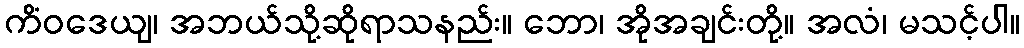
ကိံဝဒေယျ၊ အဘယ်သို့ဆိုရာသနည်း။ ဘော၊ အိုအချင်းတို့။ အလံ၊ မသင့်ပါ။